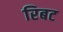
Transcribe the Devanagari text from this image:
रिबट